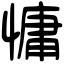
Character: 慵